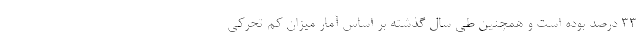
۳۳ درصد بوده است و همچنین طی سال گذشته بر اساس آمار میزان کم تحرکی